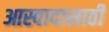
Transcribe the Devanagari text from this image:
आस्वादासाठी